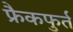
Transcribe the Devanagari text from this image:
फ्रैकफुर्त